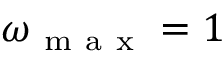
\omega _ { \mathrm { ~ m ~ a ~ x ~ } } = 1